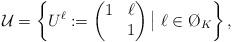
LaTeX: \begin{align*} \mathcal{U} = \left\{ U^{\ell} := \begin{pmatrix} 1 & \ell\\ & 1 \end{pmatrix} \big|\ \ell \in \O_K \right\}, \end{align*}